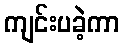
ကျင်းပခဲ့ကာ